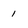
Character: 1